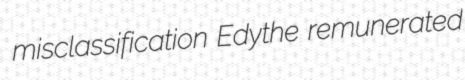
misclassification Edythe remunerated